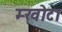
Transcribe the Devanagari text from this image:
म्खोटा